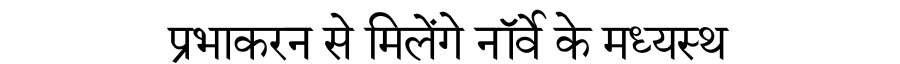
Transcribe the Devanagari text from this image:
प्रभाकरन से मिलेंगे नॉर्वे के मध्यस्थ